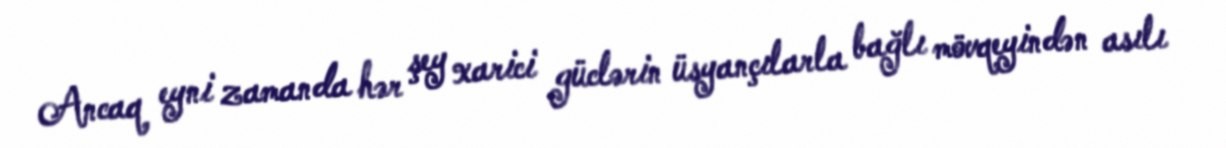
Ancaq eyni zamanda hər şey xarici güclərin üsyançılarla bağlı mövqeyindən asılı